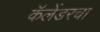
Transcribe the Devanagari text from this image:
कॅलेंडरचा